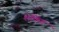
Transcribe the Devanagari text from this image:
शेकिंग